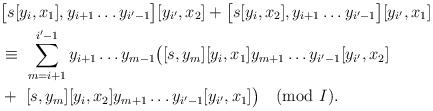
LaTeX: \begin{align*}& \bigl[ s [y_i, x_1], y_{i+1} \dots y_{i' - 1} \bigr] [y_{i'} , x_2] + \bigl[ s [y_i, x_2], y_{i+1} \dots y_{i' - 1} \bigr] [y_{i'} , x_1]\\& \equiv \ \sum_{m=i+1}^{i'-1} y_{i+1} \dots y_{m-1} \bigl( [s, y_m] [y_i, x_1] y_{m+1} \dots y_{i'-1} [y_{i'} , x_2]\\& + \ [s, y_m] [y_i, x_2] y_{m+1} \dots y_{i'-1} [y_{i'} , x_1] \bigr) \pmod{I}.\end{align*}